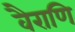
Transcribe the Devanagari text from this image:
वैराणि